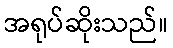
အရုပ်ဆိုးသည်။